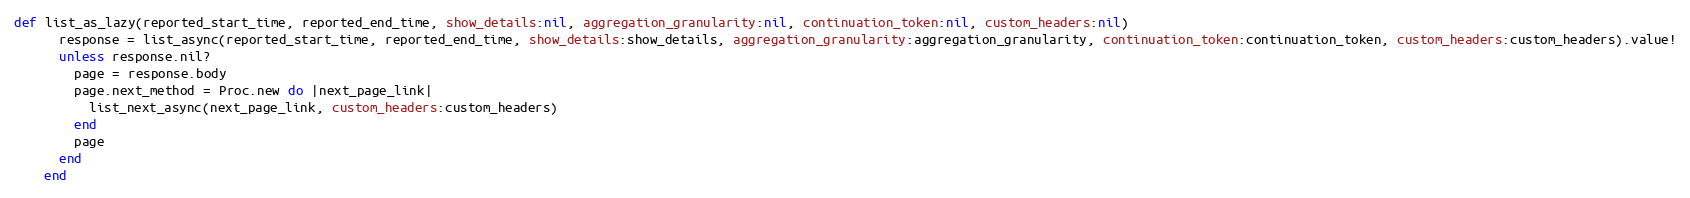
Language: Ruby
def list_as_lazy(reported_start_time, reported_end_time, show_details:nil, aggregation_granularity:nil, continuation_token:nil, custom_headers:nil)
      response = list_async(reported_start_time, reported_end_time, show_details:show_details, aggregation_granularity:aggregation_granularity, continuation_token:continuation_token, custom_headers:custom_headers).value!
      unless response.nil?
        page = response.body
        page.next_method = Proc.new do |next_page_link|
          list_next_async(next_page_link, custom_headers:custom_headers)
        end
        page
      end
    end